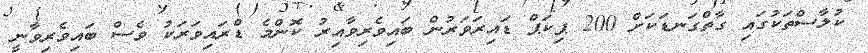
ކުލާސްތަކުގައި ގާތްގަނޑަކަށް 200 ޕިކަޕް ޑައިރަވަރުން ބައިވެރިވާއިރު ކޮންމެ ޑްރައިވަރަކު ވެސް ބައިވެރިވާނީ